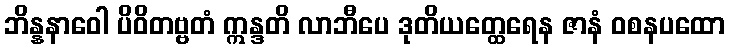
ဘိန္နနာဝေါ ပိဝိတဗ္ဗတံ ဣန္ဒတိ လာဘီပေ ဒုတိယတ္ထေရေန ဇာနံ ဝစနပထော